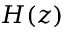
H ( z )